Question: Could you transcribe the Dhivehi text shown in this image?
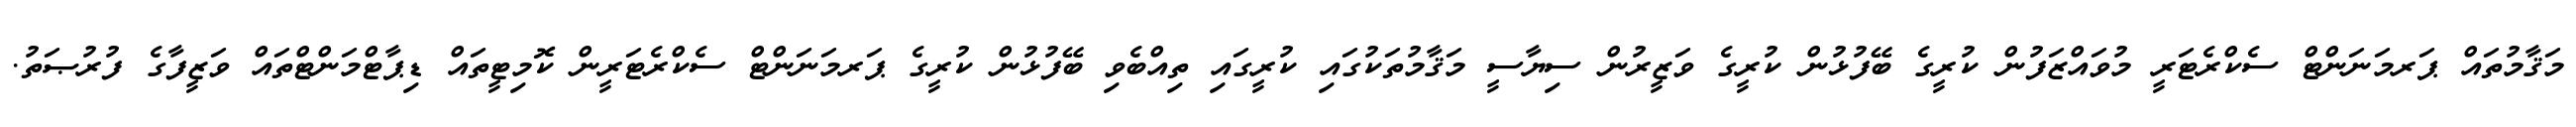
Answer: މަޤާމުތައް ޕަރމަނަންޓް ސެކްރެޓަރީ މުވައްޒަފުން ކުރީގެ ބޭފުޅުން ކުރީގެ ވަޒީރުން ސިޔާސީ މަޤާމުތަކުގައި ކުރީގައި ތިއްބެވި ބޭފުޅުން ކުރީގެ ޕަރމަނަންޓް ސެކްރެޓަރީން ކޮމިޓީތައް ޑިޕާޓްމަންޓްތައް ވަޒީފާގެ ފުރުޞަތު.